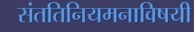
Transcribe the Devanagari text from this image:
संततिनियमनाविषयी